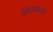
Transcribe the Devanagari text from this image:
मिलोनग्वेरो